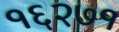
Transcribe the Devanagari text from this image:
१६२७१